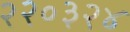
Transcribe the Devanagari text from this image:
२२०३२४